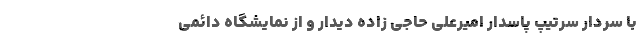
با سردار سرتیپ پاسدار امیرعلی حاجی زاده دیدار و از نمایشگاه دائمی